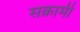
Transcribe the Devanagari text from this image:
सक्रामी